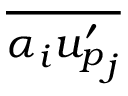
\overline { { \alpha _ { i } { u _ { p } ^ { \prime } } _ { j } } }